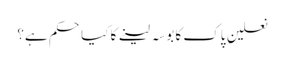
نعلینِ پاک کا بوسہ لینے کا کیا حکم ہے؟